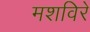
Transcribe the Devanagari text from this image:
मशविरे